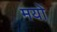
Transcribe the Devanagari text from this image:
मयों